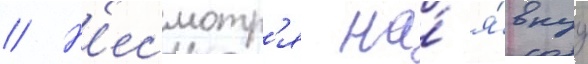
// Н'есмотр'я на́ я́внуу